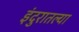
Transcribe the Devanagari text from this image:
इंदुरातल्या